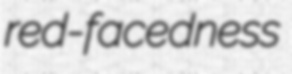
red-facedness